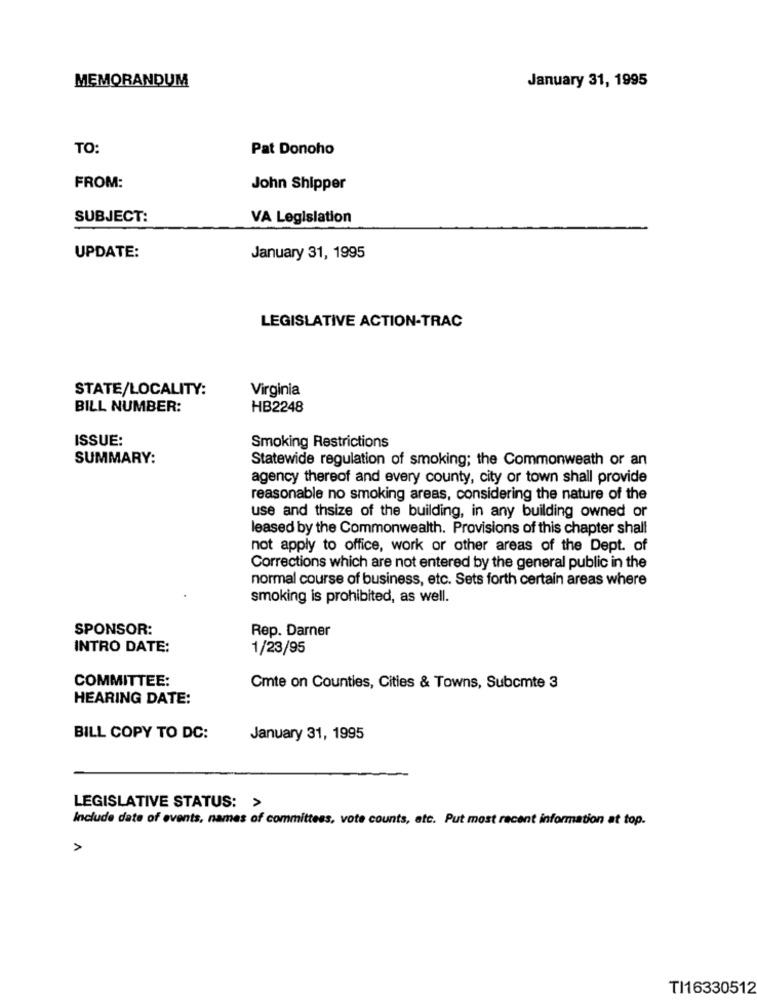
MEMORANDUM
January 31, 1995
TO:
Pat Donoho
FROM:
John Shipper
SUBJECT:
VA Legislation
UPDATE:
January 31, 1995
LEGISLATIVE ACTION-TRAC
STATE/LOCALITY:
Virginia
BILL NUMBER:
HB2248
ISSUE:
Smoking Restrictions
SUMMARY:
Statewide regulation of smoking; the Commonweath or an
agency thereof and every county, city or town shall provide
reasonable no smoking areas, considering the nature of the
use and thsize of the building, in any building owned or
leased by the Commonwealth. Provisions of this chapter shall
not apply to office, work or other areas of the Dept. of
Corrections which are not entered by the general public in the
normal course of business, etc. Sets forth certain areas where
smoking is prohibited, as well.
SPONSOR:
Rep. Darner
INTRO DATE:
1/23/95
COMMITTEE:
Cmte on Counties, Cities & Towns, Subcmte 3
HEARING DATE:
BILL COPY TO DC:
January 31, 1995
LEGISLATIVE STATUS: >
Include date of events, names of committees, vote counts, etc. Put most recent information at top.
A
TI16330512